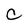
Character: c